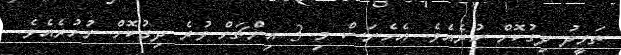
ތަވީދު ދިގުކޮށް ހުރެއެވެ. އެހެނަސް މި 3 އިންޗަށް ވުރެ ދިގުކޮށް ނުހުރެއެވެ.